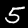
Digit: 5